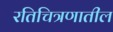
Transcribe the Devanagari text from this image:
रतिचित्रणातील